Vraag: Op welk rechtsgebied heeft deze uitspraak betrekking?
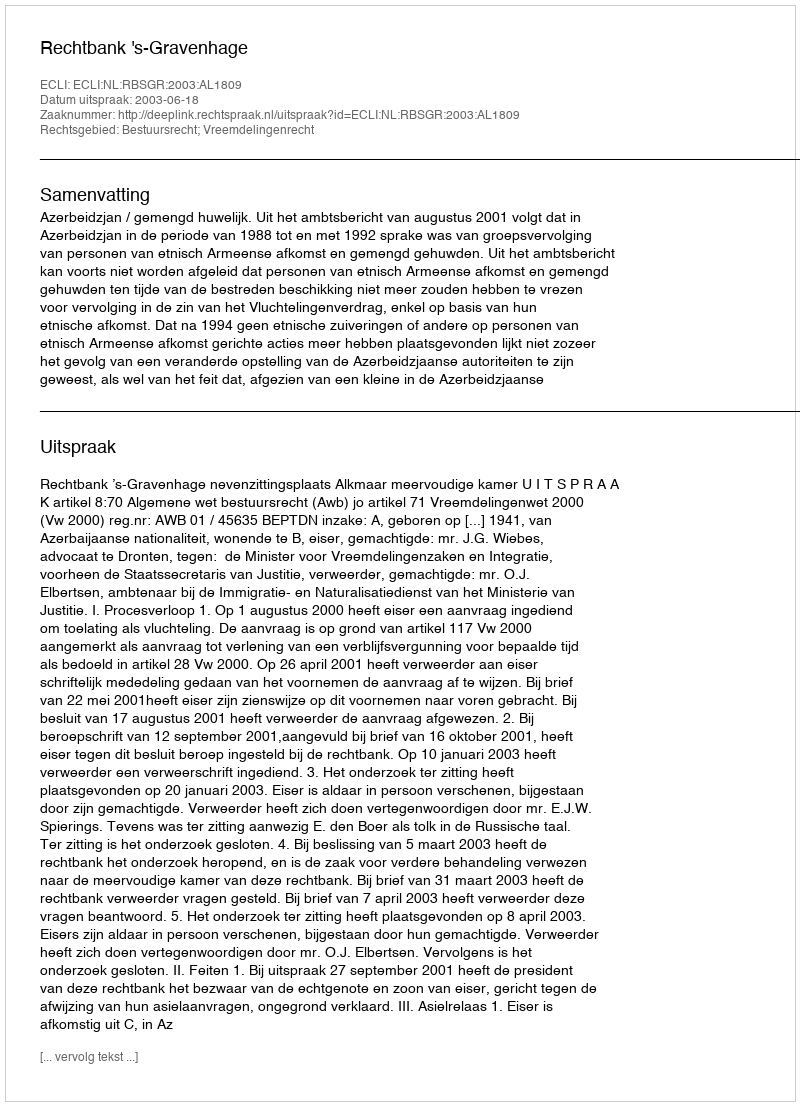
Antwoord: Bestuursrecht; Vreemdelingenrecht